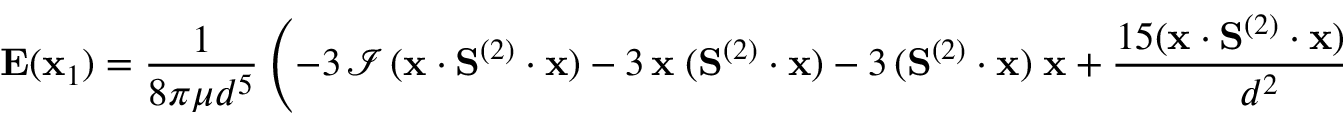
\mathbf { E } ( \mathbf { x } _ { 1 } ) = \frac { 1 } { 8 \pi \mu d ^ { 5 } } \left( - 3 \, \mathcal { I } \, ( \mathbf { x } \cdot \mathbf { S } ^ { ( 2 ) } \cdot \mathbf { x } ) - 3 \, \mathbf { x } \; ( \mathbf { S } ^ { ( 2 ) } \cdot \mathbf { x } ) - 3 \, ( \mathbf { S } ^ { ( 2 ) } \cdot \mathbf { x } ) \; \mathbf { x } + \frac { 1 5 ( \mathbf { x } \cdot \mathbf { S } ^ { ( 2 ) } \cdot \mathbf { x } ) \; \mathbf { x } \mathbf { x } } { d ^ { 2 } } \right) ,